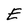
Character: E